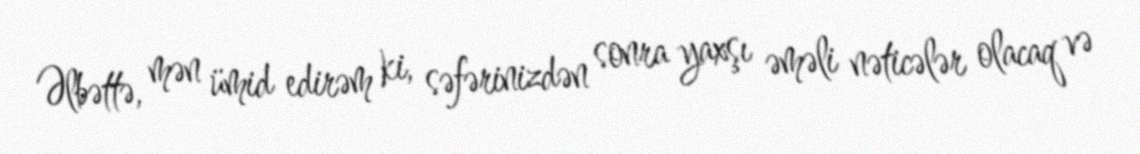
Əlbəttə, mən ümid edirəm ki, səfərinizdən sonra yaxşı əməli nəticələr olacaq və